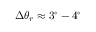
\Delta \theta _ { r } \approx 3 ^ { \circ } - 4 ^ { \circ }